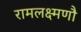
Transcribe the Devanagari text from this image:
रामलक्ष्मणौ